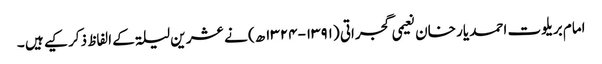
امام بریلوت احمد یار خان نعیمی گجراتی (۱۳۹۱-۱۳۲۴ھ) نے عشر ین لیلۃ کے الفاظ ذکر کیے ہیں ۔